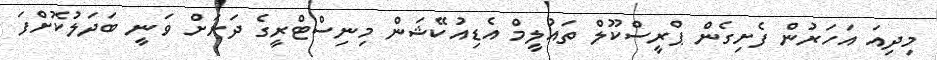
މިދިއަ އަހަރުން ފެށިގެން ޕްރީސްކޫލް ތައުލީމް އެޑިއުކޭޝަން މިނިސްޓްރީގެ ދަށަށް ވަނީ ބަދަލުކޮށްފަ